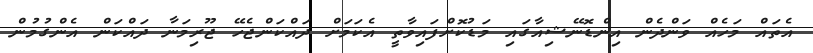
އެތައް މަހެއް ވަންދެން އިންޑޮނޭޝިއާގައި މަޑުކޮށްފައިވާތީ އެކަމަށް ދައްކަންޖެހޭ ޖޫރިމަނާ ދައްކަން އެންގުމުން